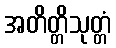
အတိတ္တိသုတ္တံ